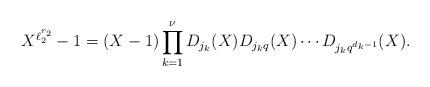
LaTeX: \begin{align*}X^{\ell_2^{r_2}}-1=(X-1)\prod\limits_{k=1}^{\nu}D_{j_k}(X)D_{j_kq}(X)\cdots D_{j_kq^{d_k-1}}(X).\end{align*}